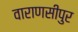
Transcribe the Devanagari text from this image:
वाराणसीपुर